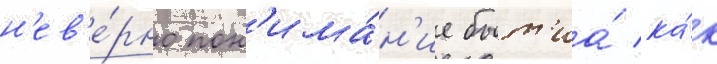
н'ев'е́рно пон'има́н'ие быт'иа́ ка́к